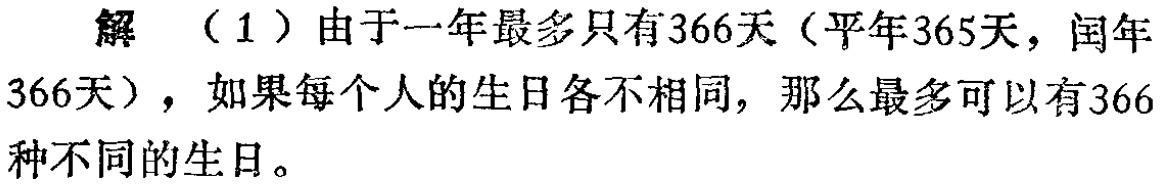
解 （1）由于一年最多只有366天（平年365天，闰年366天），如果每个人的生日各不相同，那么最多可以有366种不同的生日。